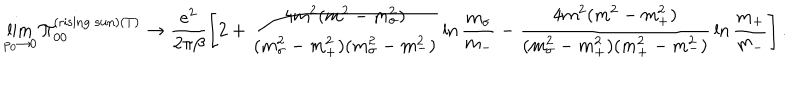
\lim _ { p _ { 0 } \rightarrow 0 } \Pi _ { 0 0 } ^ { ( \mathrm { r i s i n g \ s u n } ) ( T ) } \rightarrow \frac { e ^ { 2 } } { 2 \pi \beta } \left[ 2 + \frac { 4 m ^ { 2 } ( m ^ { 2 } - m _ { \sigma } ^ { 2 } ) } { ( m _ { \sigma } ^ { 2 } - m _ { + } ^ { 2 } ) ( m _ { \sigma } ^ { 2 } - m _ { - } ^ { 2 } ) } \, \ln \frac { m _ { \sigma } } { m _ { - } } - \frac { 4 m ^ { 2 } ( m ^ { 2 } - m _ { + } ^ { 2 } ) } { ( m _ { \sigma } ^ { 2 } - m _ { + } ^ { 2 } ) ( m _ { + } ^ { 2 } - m _ { - } ^ { 2 } ) } \, \ln \frac { m _ { + } } { m _ { - } } \right] .